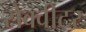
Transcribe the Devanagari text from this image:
सेक्वीटर